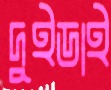
দুইডাই